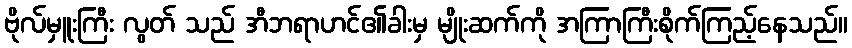
ဗိုလ်မှူးကြီး လွတ် သည် အီဘရာဟင်၏ခါးမှ မျိုးဆက်ကို အကြာကြီးစိုက်ကြည့်နေသည်။